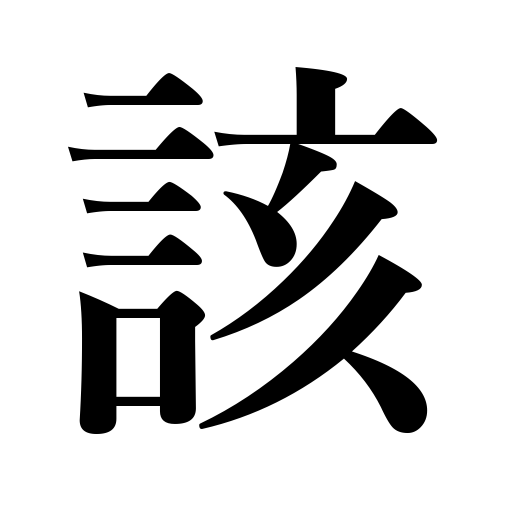
Meanings: the said